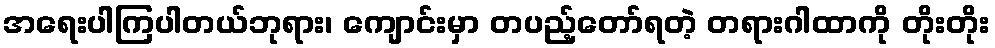
အရေးပါကြပါတယ်ဘုရား၊ ကျောင်းမှာ တပည့်တော်ရတဲ့ တရားဂါထာကို တိုးတိုး